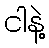
ငါနဲ့